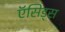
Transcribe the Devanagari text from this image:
ऍसिड्स